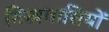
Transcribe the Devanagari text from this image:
मिस्त्रवासियों